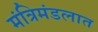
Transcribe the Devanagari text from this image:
मंत्रिमंडलात